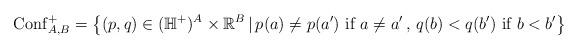
LaTeX: \begin{align*}\mathrm{Conf}_{A,B}^+=\left\{(p,q)\in (\mathbb H^+)^A\times \mathbb R^B\,|\,p(a)\neq p(a')\textrm{ if }a\neq a'\,,\,q(b)< q(b')\textrm{ if }b<b'\right\}\end{align*}